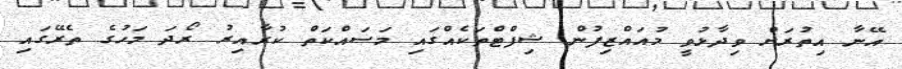
އޭނާ އިތުރަށް ވިދާޅުވީ މުއައްޒިފުން ޝިފްޓްތަކެއްގައި މަސައްކަތް ކުރާއިރު ރޯދަ މަހުގެ ތެރޭގައި